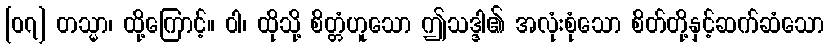
[၀၇] တသ္မာ၊ ထို့ကြောင့်။ ဝါ၊ ထိုသို့ စိတ္တံဟူသော ဤသဒ္ဒါ၏ အလုံးစုံသော စိတ်တို့နှင့်ဆက်ဆံသော